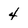
Character: 4